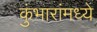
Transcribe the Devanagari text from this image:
कुंभारांमध्ये